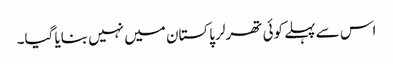
اس سے پہلے کوئی تھرلر پاکستان میں نہیں بنایا گیا۔